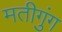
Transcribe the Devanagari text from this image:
मतीगुंग